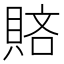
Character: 𧶆